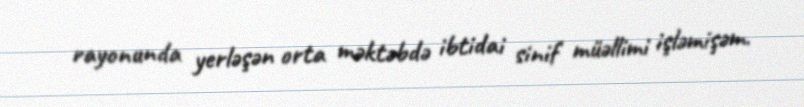
rayonunda yerləşən orta məktəbdə ibtidai sinif müəllimi işləmişəm.